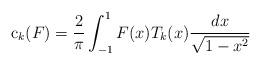
LaTeX: \begin{align*}\mathrm{c}_k(F)=\frac{2}{\pi} \int_{-1}^1 F(x) T_k(x) \frac{dx}{\sqrt{1-x^2}} \end{align*}